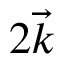
2 \vec { k }